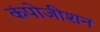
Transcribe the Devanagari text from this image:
कंपोजीशन